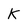
Character: K